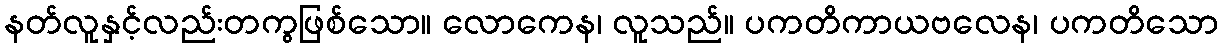
နတ်လူနှင့်လည်းတကွဖြစ်သော။ လောကေန၊ လူသည်။ ပကတိကာယဗလေန၊ ပကတိသော